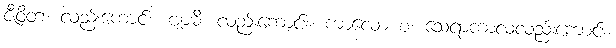
ဇီဝိတံ၊ လည်းကောင်း။ ဗျာဓိ၊ လည်းကောင်း။ ကာလော စ၊ သေရာကာလလည်းကောင်း။